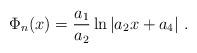
LaTeX: \begin{align*}\Phi_{n}(x)= \frac{a_1}{a_2} \ln \vert a_2 x + a_4 \vert\ .\end{align*}